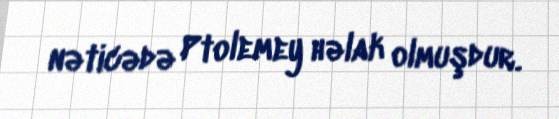
nəticədə Ptolemey həlak olmuşdur.